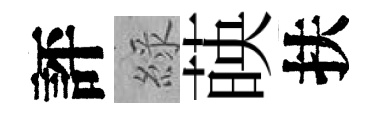
評綠𦴤扶